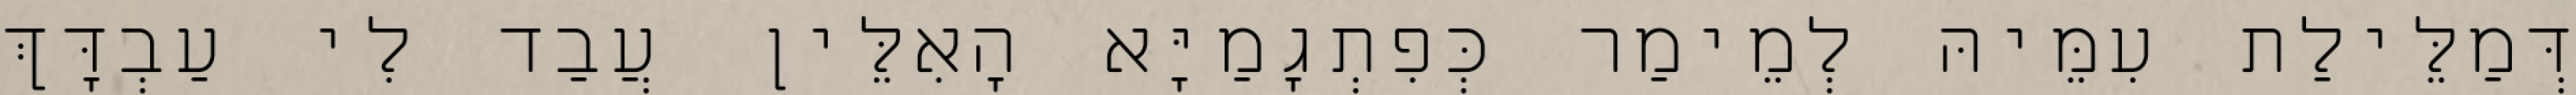
דְּמַלֵּילַת עִמֵּיהּ לְמֵימַר כְּפִתְגָמַיָּא הָאִלֵּין עֲבַד לִי עַבְדָּךְ